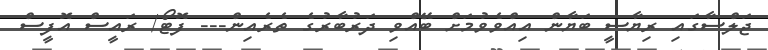
ޖަލްސާގައި ރިޔާސީ ބަޔާން އިއްވެވުމަށް ބޭއްވި ދަރުބާރުގެ ތެރެއިން--- ފޮޓޯ/ ރައީސް އޮފީސް